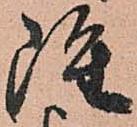
雖